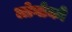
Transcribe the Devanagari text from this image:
लोगोको